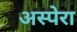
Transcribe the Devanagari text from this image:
अस्पेरा